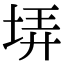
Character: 𡋱